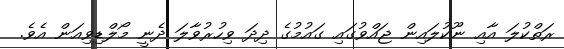
ރަތްކުލަ އާއި ނޫކުލައިން ޖައްވުގައި ގައުމުގެ ދިދަަ ވިހުރުވާލަ ދެނީ މޯލްޑިވިއަން އެވެ.